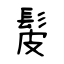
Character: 髲